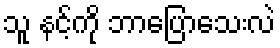
သူ နင့်ကို ဘာပြောသေးလဲ